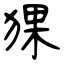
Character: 猓